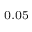
_ { 0 . 0 5 }